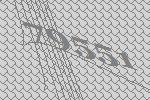
79551